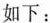
如下：